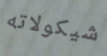
شيكولاته